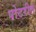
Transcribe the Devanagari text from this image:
पोटरीत